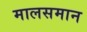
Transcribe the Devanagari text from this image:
मालसमान